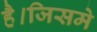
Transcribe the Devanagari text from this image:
है।जिसमे